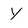
Character: Y